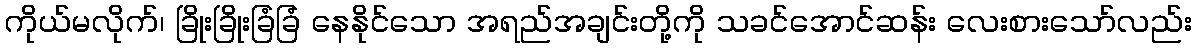
ကိုယ်မလိုက်၊ ခြိုးခြိုးခြံခြံ နေနိုင်သော အရည်အချင်းတို့ကို သခင်အောင်ဆန်း လေးစားသော်လည်း